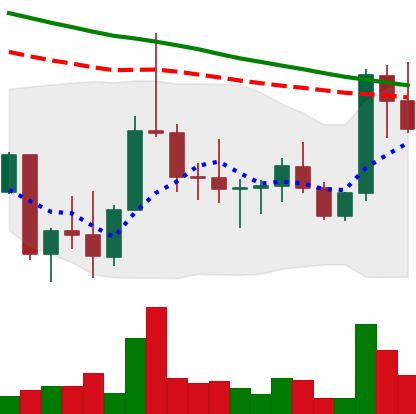
Ticker: DOGE-USD
Chart end date: 2022-10-06
Forward return: -5.022%
Label: down_5_7